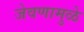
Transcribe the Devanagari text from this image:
जेवणामुळे